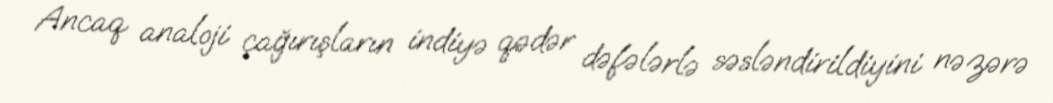
Ancaq analoji çağırışların indiyə qədər dəfələrlə səsləndirildiyini nəzərə